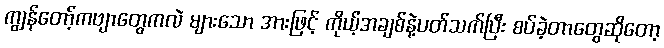
ကျွန်တော့်ကဗျာတွေကလဲ များသော အားဖြင့် ကိုယ့်အချစ်နဲ့ပတ်သက်ပြီး စပ်ခဲ့တာတွေဆိုတော့